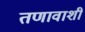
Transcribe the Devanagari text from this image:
तणावाशी